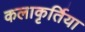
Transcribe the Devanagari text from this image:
कलाकृर्तिया